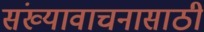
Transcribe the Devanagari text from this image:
संख्यावाचनासाठी